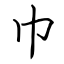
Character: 巾